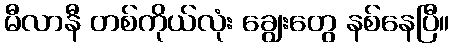
မီလာနီ တစ်ကိုယ်လုံး ချွေးတွေ နစ်နေပြီ။